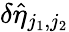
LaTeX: \delta\hat{\eta}_{j_{1},j_{2}}